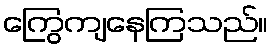
ကြွေကျနေကြသည်။